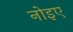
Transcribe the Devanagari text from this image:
नोइए